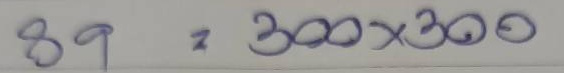
89 = 300x300